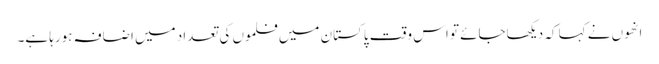
انھوں نے کہا کہ دیکھاجائے تو اس وقت پاکستان میں فلموں کی تعداد میں اضافہ ہورہا ہے۔